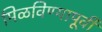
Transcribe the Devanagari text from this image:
मिळविण्यापूर्वी